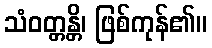
သံဝတ္တန္တိ၊ ဖြစ်ကုန်၏။